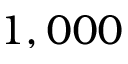
1 , 0 0 0